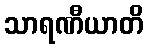
သာရဏီယာတိ